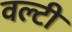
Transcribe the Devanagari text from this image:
वल्टी